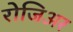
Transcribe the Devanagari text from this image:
रोजिअर